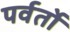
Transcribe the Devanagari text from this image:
पर्वर्तो